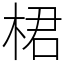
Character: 桾